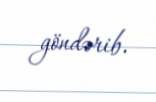
göndərib.